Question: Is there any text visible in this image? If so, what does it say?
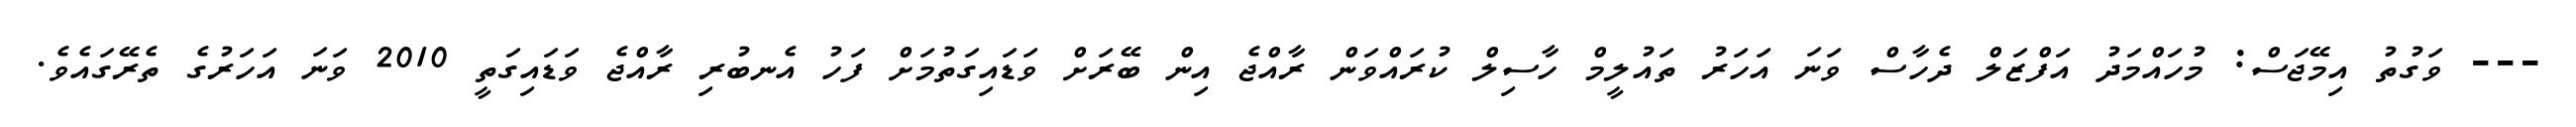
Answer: --- ވަގުތު އިމޭޖަސް: މުހައްމަދު އަފްޒަލް ދެހާސް ވަނަ އަހަރު ތައުލީމް ހާސިލް ކުރައްވަން ރާއްޖެ އިން ބޭރަށް ވަޑައިގަތުމަށް ފަހު އެނބުރި ރާއްޖެ ވަޑައިގަތީ 2010 ވަނަ އަހަރުގެ ތެރޭގައެވެ.